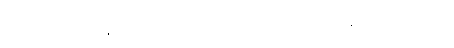
သော်လည်းကောင်း။ ဥဒ္ဒေသံ၊ ရွက်ပြအပ်သောဝါဠိကို။ ဒဿာမိ၊ ချပေးအံ့။ ဣတိ ဝါ၊